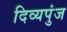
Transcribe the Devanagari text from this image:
दिव्यपुंज